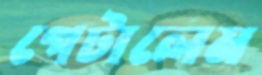
পেটালেম